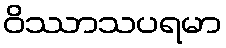
ဝိဿာသပရမာ